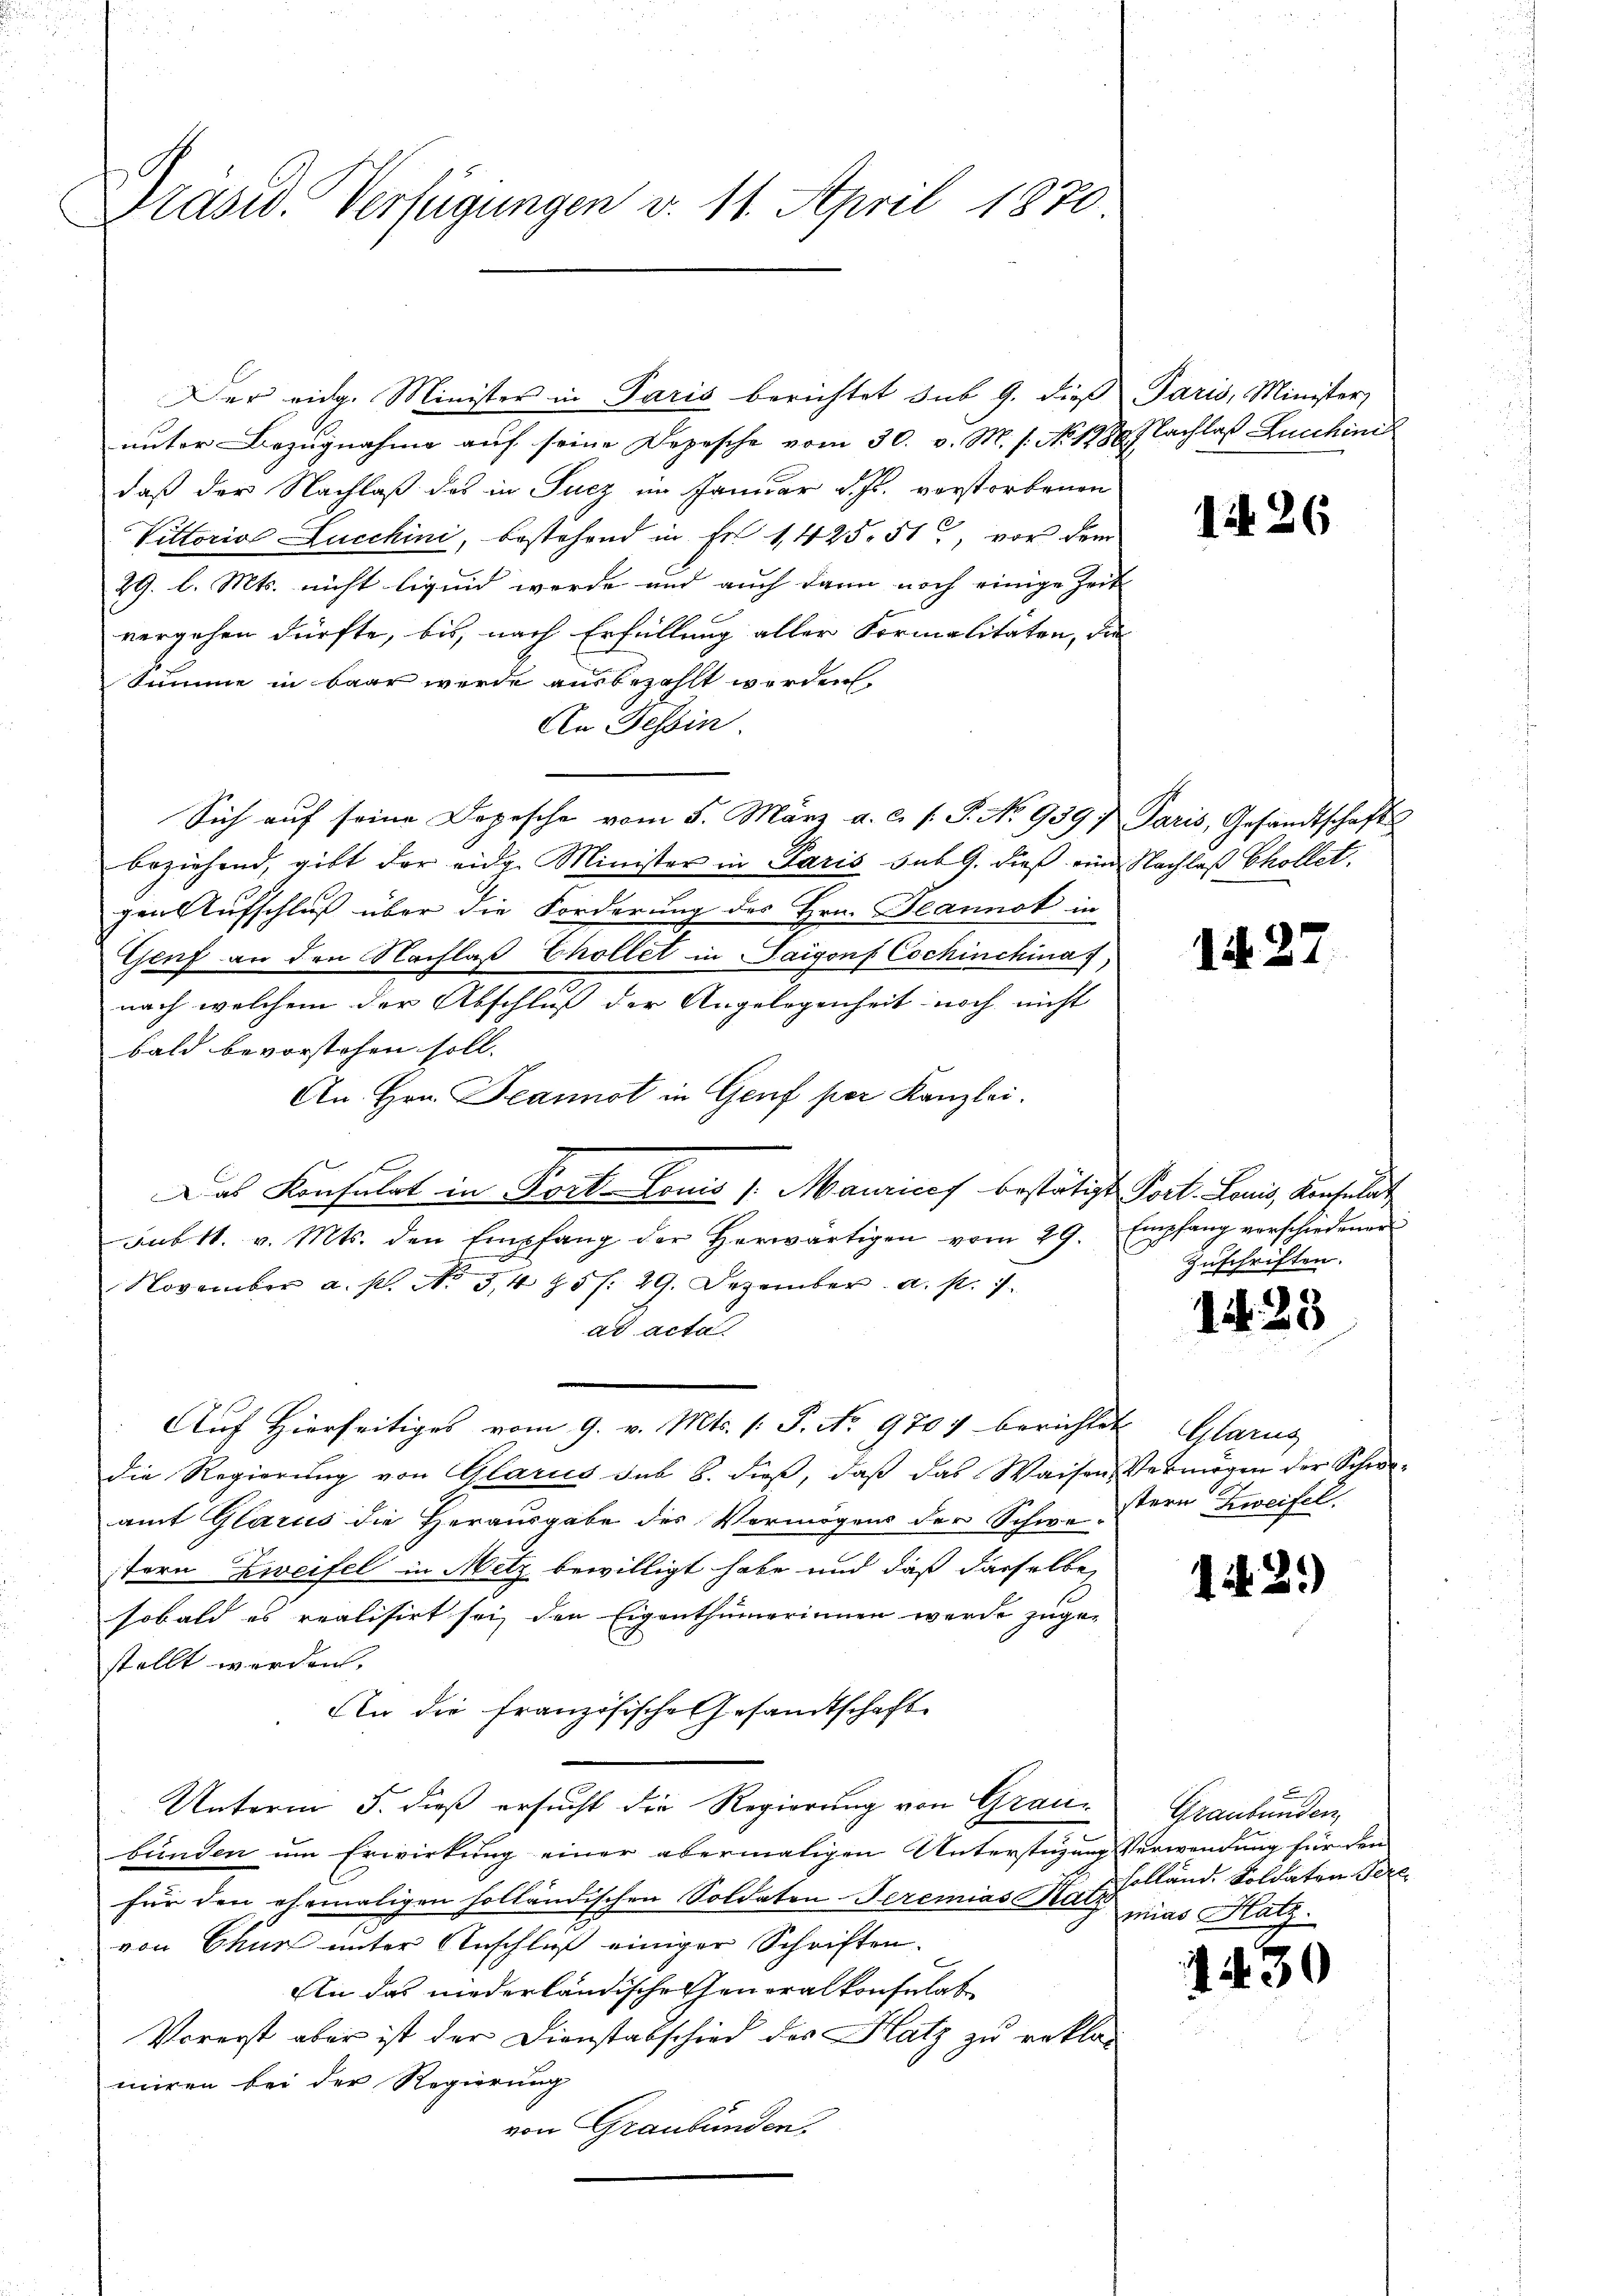
Präsid. Verfügungen v. 11. April 1870.

Der eidg. Minister in Paris berichtet sub 9. dieß Paris, Minister,
unter Bezugnahme auf seine Depesche vom 30. v. M. s. No 1288. Nachlaß Lucchini
daß der Nachlaß des in Sucz im Januar d. Js. vorstorbenen
Vittoria Lucchini, bestehend in Fr. 1425. 51, vor dem
29. l. Mts. nicht liquid werde und auch dann noch einige Zeit
vergehen dürfte, bis, nach Erfüllung aller Formalitäten, die
Summe in baar werde ausbezahlt werden.
An Tessin
Sich auf seine Depesche vom 5. März a. c. s. S. No 939. Paris, Gesandtschafts
beziehend, gibt der eidg. Minister in Paris sub 9. dieß eine Nachlaß Chollet.
gen Aufschluß über die Forderung des Hrn. Beannot in
Genf an den Nachlaß Thollet in Taigonf Cochinchinaf
nach welchem der Abschluß der Angelegenheit noch nicht
bald bevorstehen soll. |
An Hrn. Jeannot in Genf per Kanzlei.
Das Konsulat in Portonis /: Maurices bestätigt Port. Louis, Konsulat
Sub. 11. v. Mts. den Empfang der herwärtigen vom 29. Empfang vorschiedener
November a. p. No 5,485 f. 29. Dezember a. p. 1.
ad acta
Auf Hierseitiges vom 9. v. Mts. (: P. No 970 berichtet Glarus
die Regierŭng von Glarus sub b. dieβ, daβ das Waisen Vermögen der Schwe-
amt Glarus die Herausgabe des Vermögens der Schwestern Zweifel
stern Zweifel in Metz bewilligt habe und daß dasselbe,
sobald es realisirt sei, den Eigenthümerinnen werde zugestellt worden.
An die französische Gesandtschaft
Unterm 5. dieß ersucht die Regierung von Graubunden um Erwirkung einer abermaligen Unterstüzung Verwendung für den
für den ehemaligen holländischen Soldaten Seremias Satz pias Hatz.
von Chur unter Anschluß einiger Schriften.
An das niederländische Generalkonsulat
Vorerst aber ist der Dienstabschied des Hatz zu reklamiren bei der Regierung
von Graubünden.

1426

1. 27.

Zuschriften.

14. 23

1. 2.)

Graubünden,
holland. Soldaten Pere¬

1430